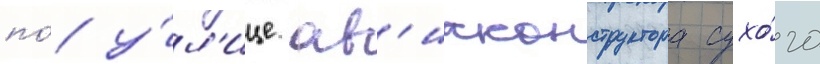
по́ у́л'ице ав'иаконструктора сухо́го